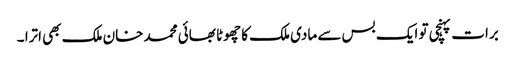
برات پہنچی تو ایک بس سے مادی ملک کا چھوٹا بھائی محمد خان ملک بھی اترا ۔